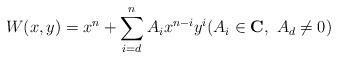
LaTeX: \begin{align*}W(x,y)=x^n+\sum_{i=d}^n A_i x^{n-i}y^i (A_i\in {\bf C},\ A_d\ne0)\end{align*}